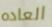
العاده